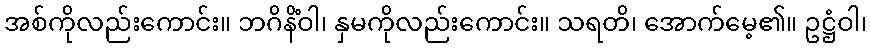
အစ်ကိုလည်းကောင်း။ ဘဂိနိံဝါ၊ နှမကိုလည်းကောင်း။ သရတိ၊ အောက်မေ့၏။ ဥဋ္ဌံဝါ၊